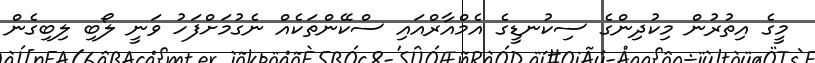
މީގެ އިތުރުން މިކުދިންގެ ސިކުނޑީގެ އެމްއާރްއައި ސްކޭންތަކެއް ނެގުމަށްފަހު ވަނީ ލޯބި ލިބިގެން